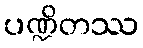
ပဏ္ဍိတဿ